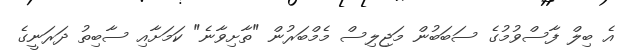
އެ ބިލް ފާސްވުމުގެ ސަބަބުން މަޖިލިސް މެމްބަރުން "ތާށިވާނެ" ކަމަށާއި ސާބިތު ދަރަނީގެ